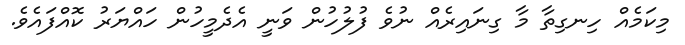
މިކަމެއް ހިނގިތާ މާ ގިނައިރެއް ނުވެ ފުލުހުން ވަނީ އެދެމީހުން ހައްޔަރު ކޮއްފައެވެ.